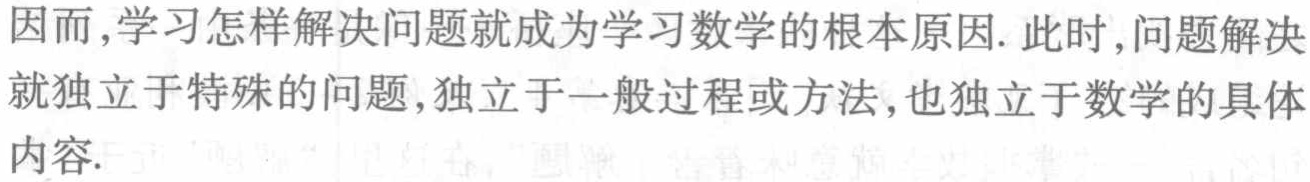
因而,学习怎样解决问题就成为学习数学的根本原因. 此时,问题解决就独立于特殊的问题,独立于一般过程或方法,也独立于数学的具体内容.